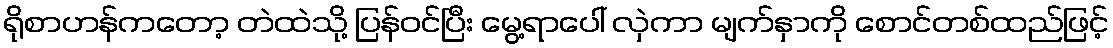
ရိုစာဟန်ကတော့ တဲထဲသို့ ပြန်ဝင်ပြီး မွေ့ရာပေါ် လှဲကာ မျက်နှာကို စောင်တစ်ထည်ဖြင့်